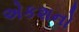
એકશનો